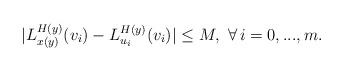
LaTeX: \begin{align*}| L_{x(y)}^{H(y)} (v_i) - L_{u_i}^{H(y)} (v_i) | \leq M, \,\,\forall \, i = 0,...,m.\end{align*}